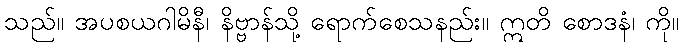
သည်။ အပစယဂါမိနီ၊ နိဗ္ဗာန်သို့ ရောက်စေသနည်း။ ဣတိ စောဒနံ၊ ကို။